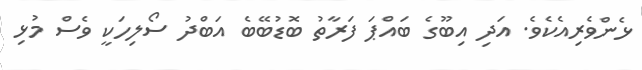
ޅެންވެރިއެކެވެ. އަދި އިބޫގެ ބައްޕަ ފަރާތު ބޮޑުބޭބެ އަބްދު ސޯލިހަކީ ވެސް މުޅި